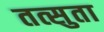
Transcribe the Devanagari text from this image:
तत्सुता